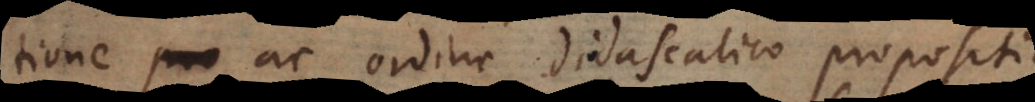
tione pro ac ordine didascalico propositis